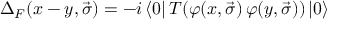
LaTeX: { \Delta } _ { F } ( x - y , \vec { \sigma } ) = - i \left< 0 \right| T ( \varphi ( x , \vec { \sigma } ) \, \varphi ( y , \vec { \sigma } ) ) \left| 0 \right>